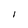
Character: I